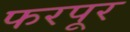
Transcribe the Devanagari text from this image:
फरपूर